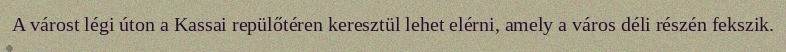
A várost légi úton a Kassai repülőtéren keresztül lehet elérni, amely a város déli részén fekszik.